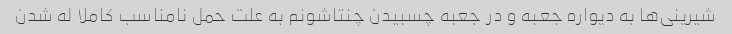
شیرینی‌ها به دیواره جعبه و در جعبه چسبیدن چنتاشونم به علت حمل نامناسب کاملا له شدن